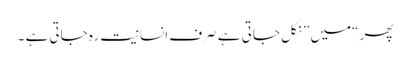
پھر “میں ” نکل جاتی ہے صرف انسانیت رہ جاتی ہے ۔